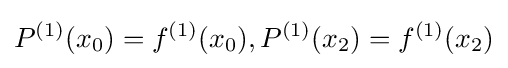
P^{(1)}(x_{0})=f^{(1)}(x_{0}),P^{(1)}(x_{2})=f^{(1)}(x_{2})